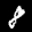
Label: 8